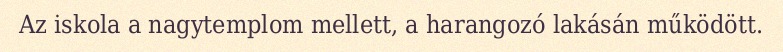
Az iskola a nagytemplom mellett, a harangozó lakásán működött.